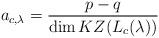
LaTeX: \begin{align*}a_{c, \lambda} = \frac{p - q}{\dim KZ(L_c(\lambda))}\end{align*}